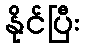
နိုင်ပြီး